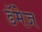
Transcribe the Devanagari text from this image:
डॅमेज